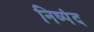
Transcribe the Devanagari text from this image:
निष्पंद